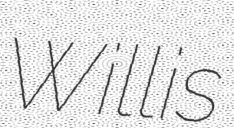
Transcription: Willis